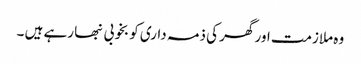
وہ ملازمت اور گھر کی ذمہ داری کو بخوبی نبھا رہے ہیں ۔